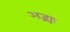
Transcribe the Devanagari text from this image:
अद्भ्यः